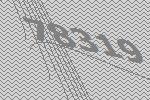
78319